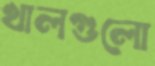
খালগুলো